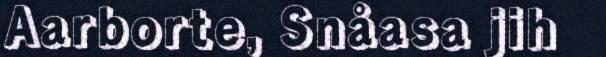
Aarborte, Snåasa jih